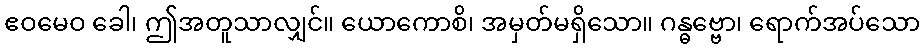
ဧဝမေဝ ခေါ၊ ဤအတူသာလျှင်။ ယောကောစိ၊ အမှတ်မရှိသော။ ဂန္ဓဗ္ဗော၊ ရောက်အပ်သော